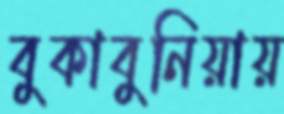
বুকাবুনিয়ায়